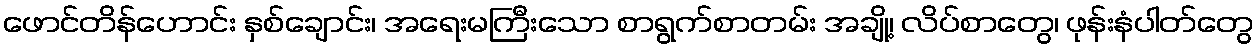
ဖောင်တိန်ဟောင်း နှစ်ချောင်း၊ အရေးမကြီးသော စာရွက်စာတမ်း အချို့၊ လိပ်စာတွေ၊ ဖုန်းနံပါတ်တွေ